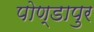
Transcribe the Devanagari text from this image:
पोण्डापुर